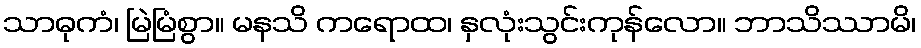
သာဓုကံ၊ မြဲမြံစွာ။ မနသိ ကရောထ၊ နှလုံးသွင်းကုန်လော။ ဘာသိဿာမိ၊